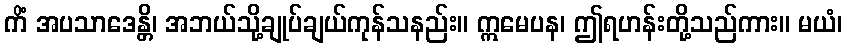
ကိံ အပသာဒေန္တိ၊ အဘယ်သို့ချုပ်ချယ်ကုန်သနည်း။ ဣမေပန၊ ဤရဟန်းတို့သည်ကား။ မယံ၊